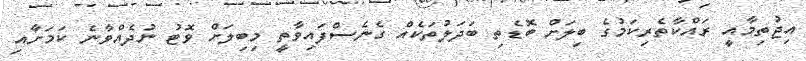
އިޖުތިމާއީ ރައްކާތެރިކަމުގެ ބިލަށް ބޮޑެތި ބަދަލުތަކެއް ގެނެސްފައިވާތީ މިބިލަށް ވޮޓު ނުދެއްވާނެ ކަމަށާއި